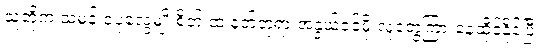
သူတို့က သမန်းဝံပုလွေမျိုးစိတ် ထဲ နတ်ဘုရားအနွယ်ဝင်မို့ လူတွေကြားနေထိုင်နိုင်ပြီး